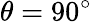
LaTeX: \theta=90^{\circ}